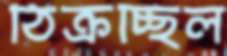
ঠিক্‌রচ্ছিল